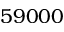
5 9 0 0 0